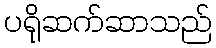
ပရိုဆက်ဆာသည်